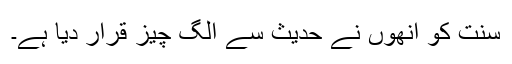
سنت کو انھوں نے حدیث سے الگ چیز قرار دیا ہے۔